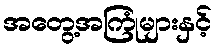
အတွေ့အကြုံများနှင့်